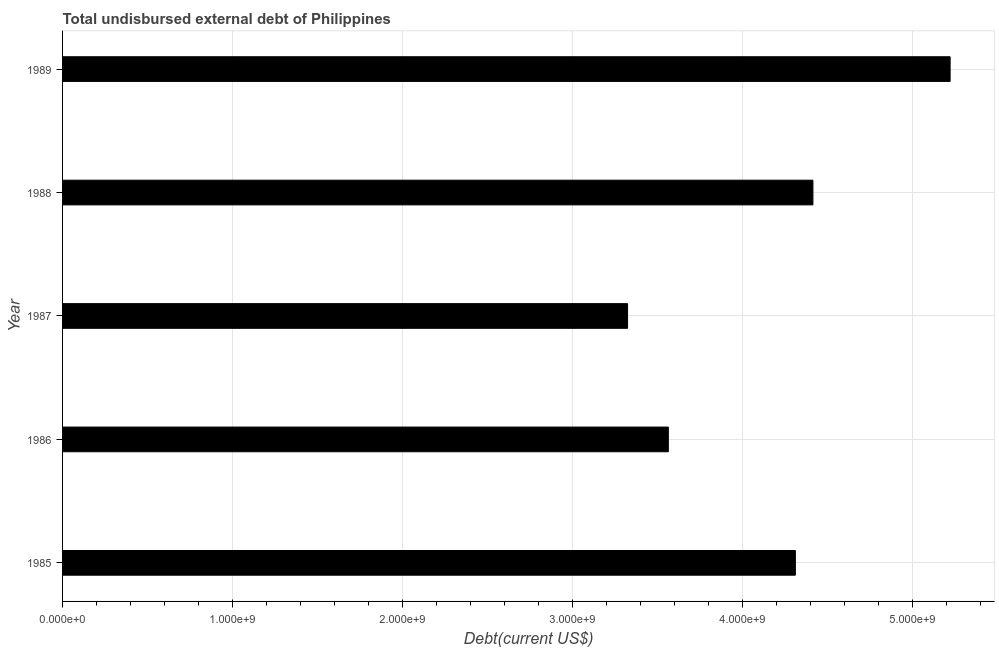
| Year | Total debt |
 | --- | --- |
 | 1985 | 4.31e+09 |
 | 1986 | 3.56e+09 |
 | 1987 | 3.32e+09 |
 | 1988 | 4.41e+09 |
 | 1989 | 5.22e+09 |